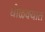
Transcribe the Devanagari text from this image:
घोळक्यात